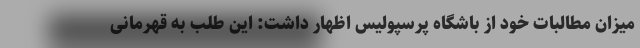
میزان مطالبات خود از باشگاه پرسپولیس اظهار داشت: این طلب به قهرمانی